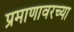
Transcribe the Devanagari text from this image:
प्रमाणावरच्या